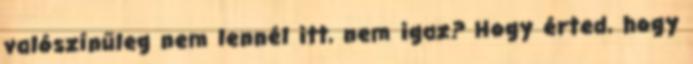
valószínűleg nem lennél itt, nem igaz? Hogy érted, hogy